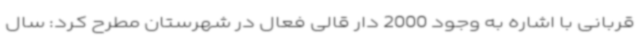
قربانی با اشاره به وجود 2000 دار قالی فعال در شهرستان مطرح کرد: سال